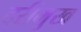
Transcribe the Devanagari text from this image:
दरीमुख